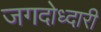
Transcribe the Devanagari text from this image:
जगदोध्दारी